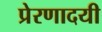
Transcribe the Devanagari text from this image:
प्रेरणादयी